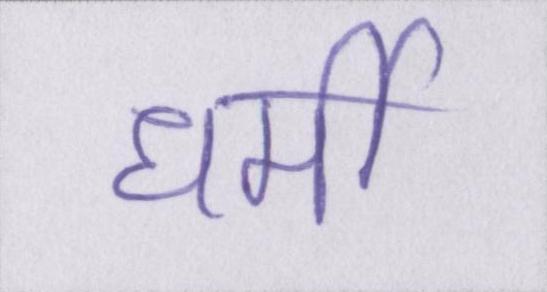
धर्मी